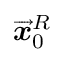
\overrightarrow { \mathbfit { x } } _ { 0 } ^ { R }